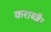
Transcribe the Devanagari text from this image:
कराब्जैः